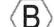
B